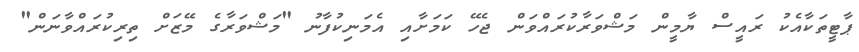
ޕާޓީތަކާއެކު ރައީސް ޔާމީން މަޝްވަރާކުރައްވަން ޖެހޭ ކަމަށާއި އެމަނިކުފާނު "މަޝްވަރާގެ މޭޒަށް ތިރިކުރައްވާނަން"